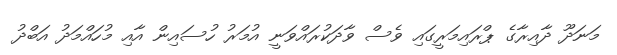
މަނަދޫ ދާއިރާގެ ޕްރައިމަރީގައި ވެސް ވާދަކުރައްވަނީ އުމަރު ހުސައިން އާއި މުހައްމަދު އަބްދު